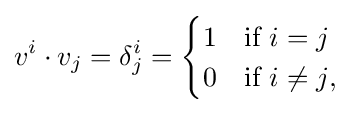
v^{i}\cdot v_{j}=\delta _{j}^{i}={\begin{cases}1&{\text{if }}i=j\\0&{\text{if }}i\neq j{\text{,}}\end{cases}}